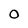
Character: 0